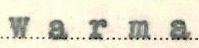
Warma